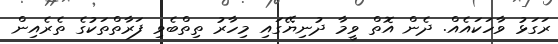
ރަގަޅު ވާހަކައެއް. ދެން އޮތް ވީމާ ދުނިޔޭގައި މިހާރު ތިތްބެވި ފަރާތްތަކުގެ ތެރެއިން